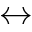
\leftrightarrow